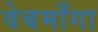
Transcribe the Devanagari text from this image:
वेबमाँगा